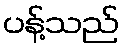
ပန့်သည်